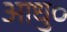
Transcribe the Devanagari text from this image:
आधु०